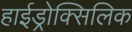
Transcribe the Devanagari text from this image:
हाईड्रोक्सिलिक